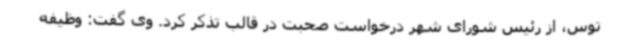
توس، از رئیس شورای شهر درخواست صحبت در قالب تذکر کرد. وی گفت: وظیفه